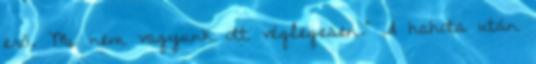
erő. Mi nem vagyunk ott véglegesen.” A hahota után